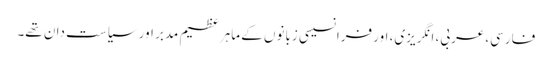
فارسی، عربی، انگریزی، اور فرانسیسی زبانوں کے ماہر عظیم مدبر اور سیاست دان تھے۔